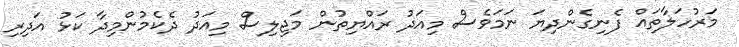
މަރުހަލާތައް ފެނިގެންދިޔަ ނަމަވެސް މިއަދު ރައްޔިތުން މަޖިލިސް މިއަދު ދެކެމުންމިދާ ކަޅު އަދިރި